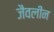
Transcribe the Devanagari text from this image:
जैवलीन